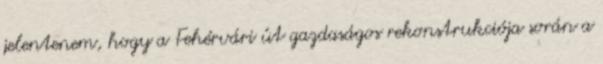
jelentenem, hogy a Fehérvári út gazdaságos rekonstrukciója során a